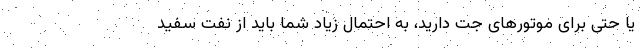
یا حتی برای موتورهای جت دارید، به احتمال زیاد شما باید از نفت سفید